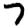
Digit: 7